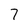
Character: 7